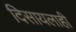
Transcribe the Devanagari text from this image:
दिसायलाही